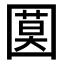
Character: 𡈗